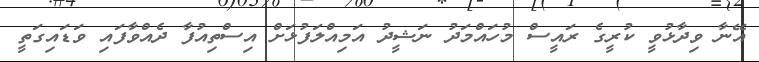
އޭނާ ވިދާޅުވީ ކުރީގެ ރައީސް މުހައްމަދު ނަޝީދު އަމިއްލަފުޅަށް އިސްތިއުފާ ދެއްވާފައި ވަޑައިގަތީ